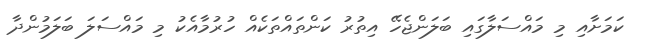
ކަމަށާއި މި މައްސަލާގައި ބަލަންޖެހޭ އިތުރު ކަންތައްތަކެއް ހުރުމާއެކު މި މައްސަލަ ބަލަމުންދާ